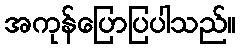
အကုန်ပြောပြပါသည်။